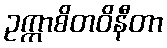
ဥက္ကာစိတဝိနီတာ